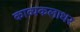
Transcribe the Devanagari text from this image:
काव्यकलाधर